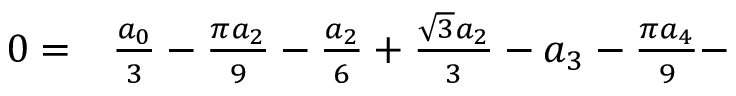
\begin{array} { r l } { 0 = } & { { } \frac { a _ { 0 } } { 3 } - \frac { \pi a _ { 2 } } { 9 } - \frac { a _ { 2 } } { 6 } + \frac { \sqrt { 3 } a _ { 2 } } { 3 } - a _ { 3 } - \frac { \pi a _ { 4 } } { 9 } - } \end{array}